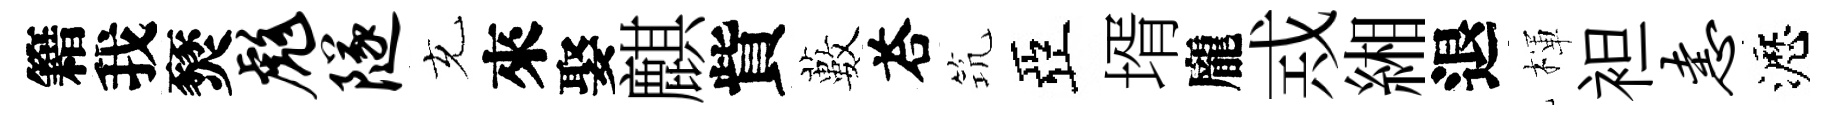
籍我燹彪隧充來娶麒貲藪荅𥬑亞壻龐𢦶緗退楎袒恚瀝